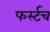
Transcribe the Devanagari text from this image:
फर्स्टच